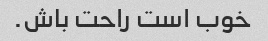
خوب است راحت باش.